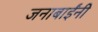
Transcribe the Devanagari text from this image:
जनाबाईंनी